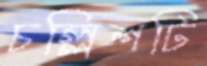
চল্লিশটি